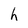
Character: h